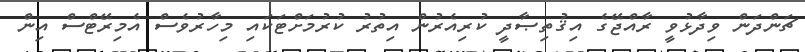
ޗަންދަން ވިދާޅުވީ ރާއްޖޭގެ އިޤުތިޞާދީ ކުރިއެރުން އިތުރު ކުރުމަށްޓަކައި މިހާރުވެސް އެމިރޭޓްސް އިން